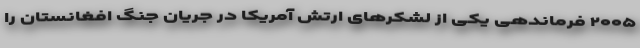
۲۰۰۵ فرماندهی یکی از لشکرهای ارتش آمریکا در جریان جنگ افغانستان را